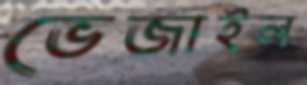
ভেজাইল